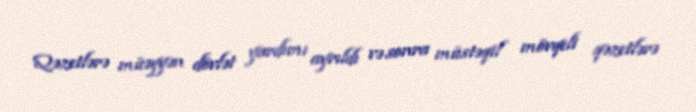
Qəzetlərə müəyyən dövlət yardımı ayrıldı və sonra müstəqil mövqeli qəzetlərə